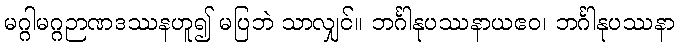
မဂ္ဂါမဂ္ဂဉာဏဒဿနဟူ၍ မပြဘဲ သာလျှင်။ ဘင်္ဂါနုပဿနာယဧဝ၊ ဘင်္ဂါနုပဿနာ